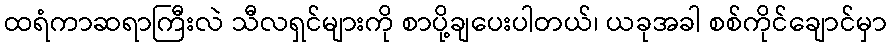
ထရံကာဆရာကြီးလဲ သီလရှင်များကို စာပို့ချပေးပါတယ်၊ ယခုအခါ စစ်ကိုင်ချောင်မှာ